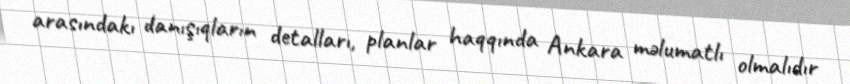
arasındakı danışıqların detalları, planlar haqqında Ankara məlumatlı olmalıdır